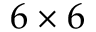
6 \times 6